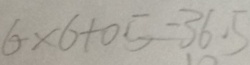
6 \times 6 + 0 . 5 = 3 6 . 5